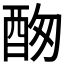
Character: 𨠞